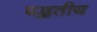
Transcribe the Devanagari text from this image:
पद्धतीय